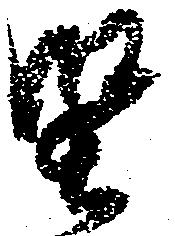
堅